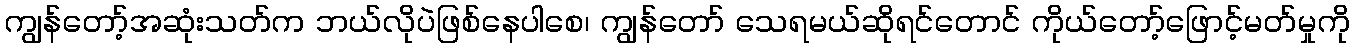
ကျွန်တော့်အဆုံးသတ်က ဘယ်လိုပဲဖြစ်နေပါစေ၊ ကျွန်တော် သေရမယ်ဆိုရင်တောင် ကိုယ်တော့်ဖြောင့်မတ်မှုကို